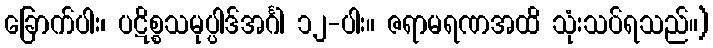
ခြောက်ပါး၊ ပဋိစ္စသမုပ္ပါဒ်အင်္ဂါ ၁၂-ပါး။ ဇရာမရဏအထိ သုံးသပ်ရသည်။)